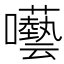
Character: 囈